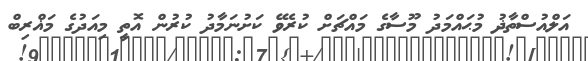
އަލްއުސްތާޛު މުޙައްމަދު މޫސާގެ މައްޗަށް ކުރެވޭ ކަށުނަމާދު ކުރުން އޮތީ މިއަދުގެ މަޣްރިބް